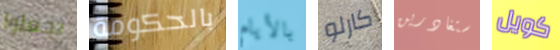
يجعلوا بالحكومة بالأيام كارلو ستغادرين كويل